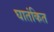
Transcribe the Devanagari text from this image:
घातंकित